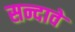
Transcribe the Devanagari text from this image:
सन्दावे